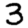
Digit: 3